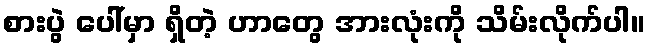
စားပွဲ ပေါ်မှာ ရှိတဲ့ ဟာတွေ အားလုံးကို သိမ်းလိုက်ပါ။